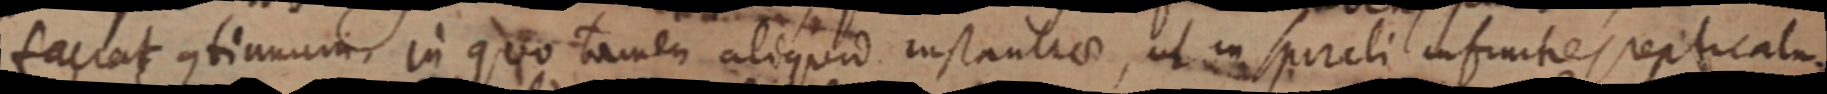
faciat continuum in quo tamen aliquid instantiae, ut in spireli infinites replicatur